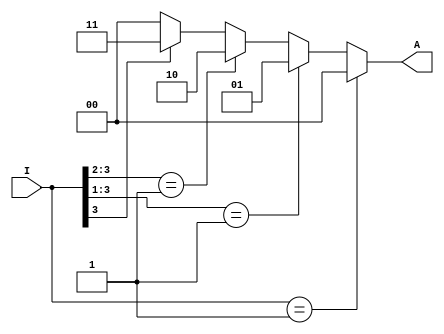
module p_en4to2 (input [3:0] I , output reg [1:0] A );


always @(*)
begin

    if(I==4'b0001)
        A=2'b00;
    else if(I[3:1]==3'b001)
        A=2'b01;
    else if(I[3:2]==2'b01)
        A=2'b10;
    else if(I[3]==1'b1)
        A=2'b11;
    else 
        A=2'b00;

end


endmodule

`timescale 1ps/1ps

module p_en4to2_tb;
reg [3:0] I ;
wire [1:0] A;

p_en4to2 hi(I,A);

initial  begin
    I=4'b0000;#10;
    I=4'b0001;#10;
    I=4'b0010;#10;
    I=4'b0011;#10;
    I=4'b0100;#10;
    I=4'b0101;#10;
    I=4'b0110;#10;
    I=4'b0111;#10;
    I=4'b1000;#10;
    I=4'b1001;#10;
    I=4'b1010;#10;
    I=4'b1011;#10;
    I=4'b1100;#10;
    I=4'b1101;#10;
    I=4'b1110;#10;
    I=4'b1111;#10;
end



initial  begin

    $monitor("%b -> %b\n",I,A);
end




endmodule